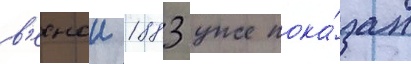
в'еснои 1883 уже пока́зан